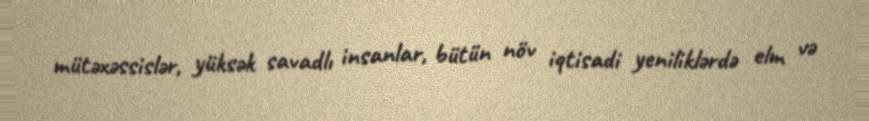
mütəxəssislər, yüksək savadlı insanlar, bütün növ iqtisadi yeniliklərdə elm və